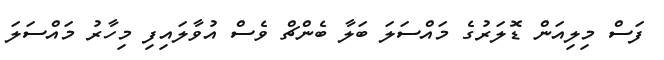
ފަސް މިލިއަން ޑޮލަރުގެ މައްސަލަ ބަލާ ބެންޗް ވެސް އުވާލައިފި މިހާރު މައްސަލަ